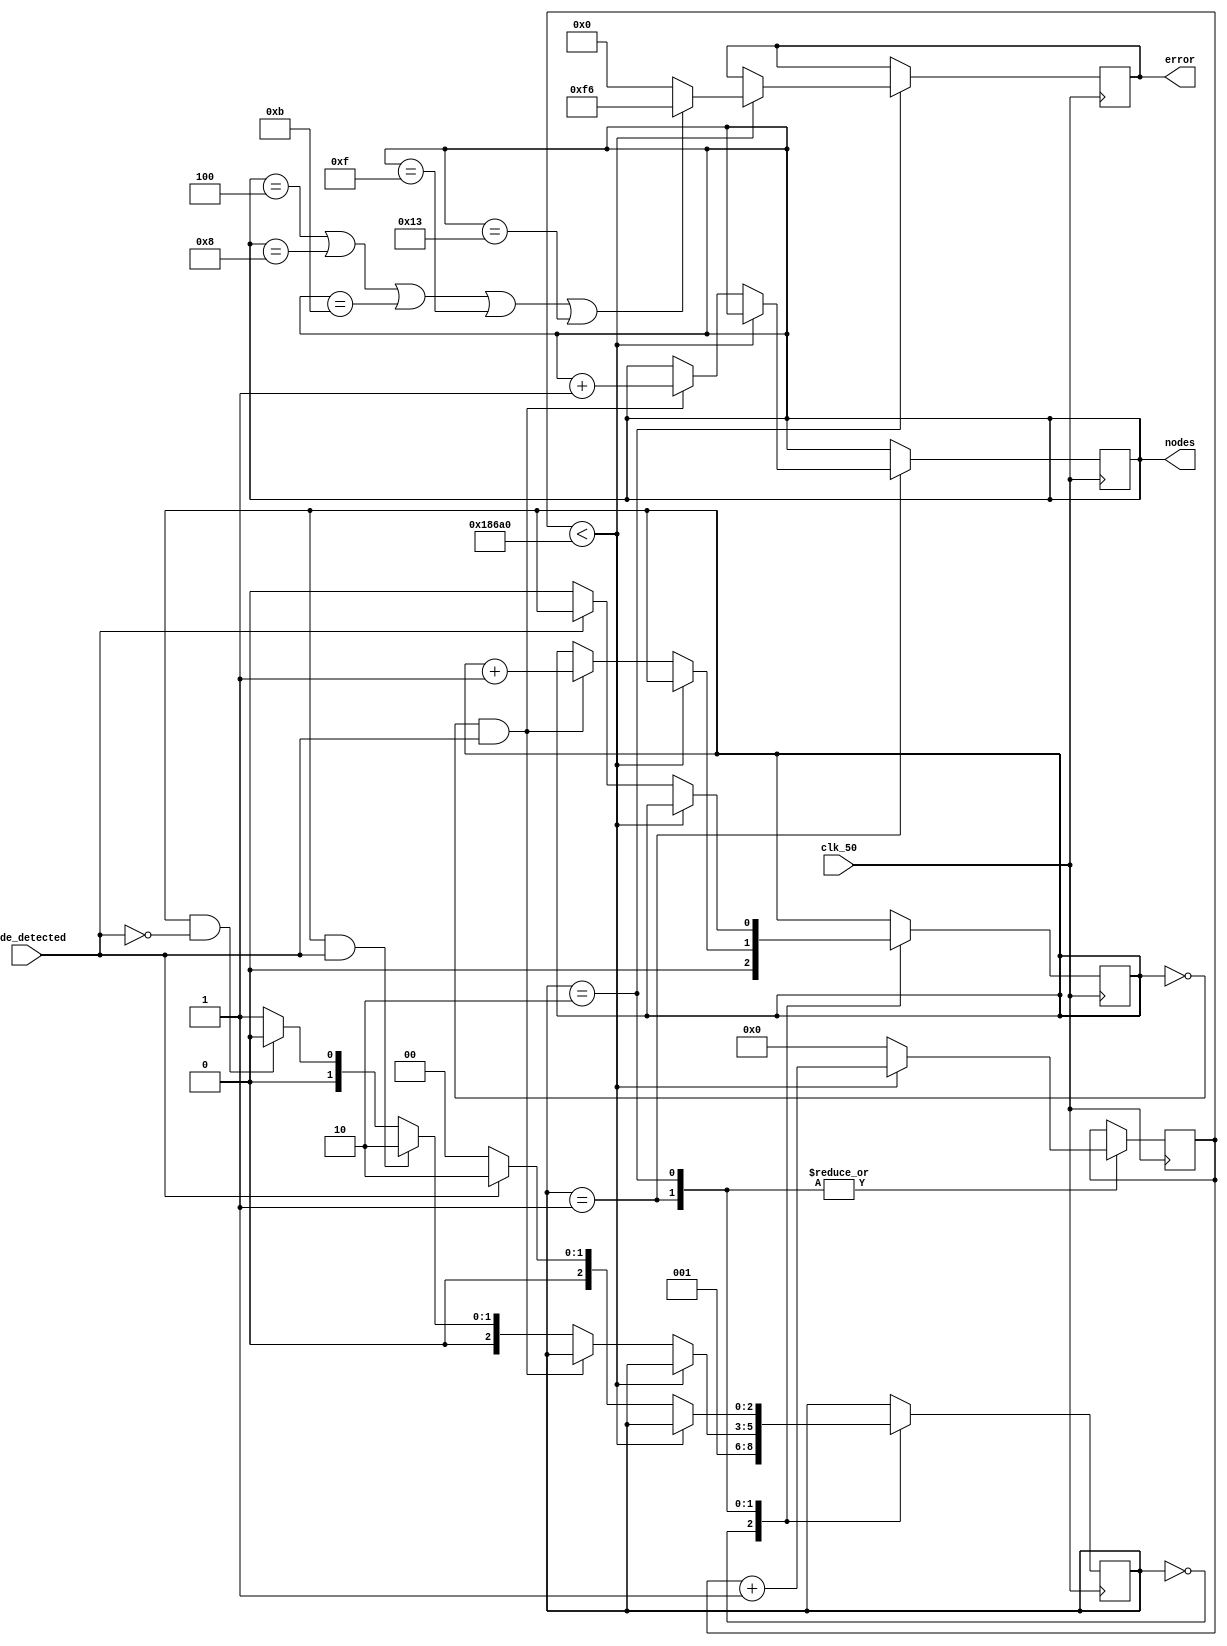
module SM1153_node_detection(
input node_detected,
input clk_50,
output [5:0]nodes,
output [7:0]error
);
reg signed[7:0]error_temp=0;
parameter IDLE=2'b00;
parameter node=2'b01;
parameter rest=2'b10;

reg [2:0]current_state=IDLE;
reg counter=0;
reg [5:0]count_nodes=0;
reg [31:0]count_delay=0;
parameter delay=100000;

always@(posedge clk_50)begin
case(current_state)
IDLE:
	begin
	counter<=0;
	current_state<=node;	
	end
node:
	begin
	if(count_delay<delay)begin
	count_delay<=count_delay+1;
	end
	else
	begin
	count_delay<=0;
	if(counter==0 && node_detected==1)begin
	counter<=counter+1;
	count_nodes<=count_nodes+1;
	
	end
	else if(counter==1 && node_detected==1)begin
	current_state<=rest;
	end
	else if(counter==1 &&node_detected==0)current_state<=IDLE;
	else current_state<=node;
	end
	end
rest:
	begin
	
	if(count_delay<delay)begin
	count_delay<=count_delay+1;
	if(count_nodes==4||count_nodes==8||count_nodes==11||count_nodes==15||count_nodes==19)error_temp<=-10;
	else error_temp<=0;
	
	end
	else begin
	count_delay<=0;
	
	if(node_detected==0)begin
	counter<=0;
	current_state<=IDLE;
	end
	else current_state<=rest;
	end
	end
endcase

end

assign error=error_temp;
assign nodes=count_nodes;
endmodule